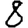
Digit: 8